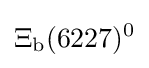
\Xi _{\rm {b}}(6227)^{0}